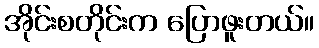
အိုင်းစတိုင်းက ပြောဖူးတယ်။